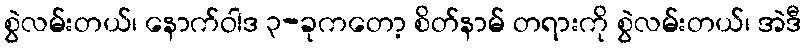
စွဲလမ်းတယ်၊ နောက်ဝါဒ ၃-ခုကတော့ စိတ်နာမ် တရားကို စွဲလမ်းတယ်၊ အဲဒီ